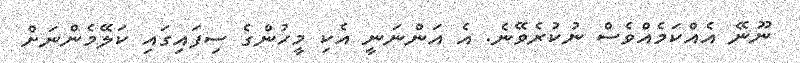
ނޫނޭ އެއްކަމެއްވެސް ނުކުރެވޭނެ. އެ އަންނަނީ އެކި މީހުންގެ ސިފައިގައި ކަލޭމެންނަށް